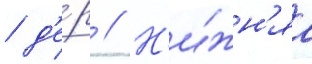
/ д'е́р // Н'и́жн'яа